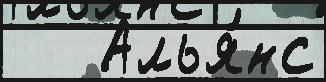
   Алья́нс